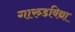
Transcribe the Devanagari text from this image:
गारुडविद्या